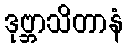
ဒုဗ္ဘာသိတာနံ